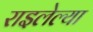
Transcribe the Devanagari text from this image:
राइलेल्या